system: You are a helpful assistant.
user:
Analyze the provided spectrum to determine if it is a **M-type Giant (gM)**.

A M-type Giant spectrum is defined by its **strong molecular absorption** features, particularly from **Titanium Oxide (TiO)**. You must check for one of the following mutually exclusive signatures:

- **Key Visual Indicators (Absorption-Dominated Spectrum):**

    - **(Primary):** The spectrum is dominated by strong molecular absorption from **Titanium Oxide (TiO)**. This is the **defining feature** of its M-type temperature class.
        - **(Key Bandheads):** Look for sharp, "saw-tooth" absorption valleys. The strongest are located near **~7050 Å**, **~6160 Å**, and **~5170 Å**.
        - **(Line Profile):** The "saw-tooth" morphology is critical: a **sharp, steep drop on the BLUE (short-wavelength) side** of the bandhead, followed by a gradual recovery (rising flux) towards the RED (long-wavelength) side.

    - **(Key Confirmation - Giant vs. Dwarf):** **ABSENCE** of strong **Calcium Hydride (CaH)** molecular bands. This is the primary diagnostic for *excluding* M-dwarfs.
        - **(Key Region):** The spectrum should lack the strong, broad absorption band seen in dwarfs between **~6800 Å and ~7000 Å**.

    - **(Secondary Confirmation - Giant):** A very strong and broad **Neutral Calcium (Ca I)** atomic absorption line.
        - **(Key Line):** Located at **~4226 Å**. In a giant (gM), this line is significantly deeper and broader than the same line in an M-dwarf (dM) due to low surface gravity.

    - **(Overall Spectrum):**
        - The continuum is **extremely red-sloping** (i.e., flux is very low in the blue and rises dramatically towards the red).
        - The entire spectrum appears "chopped up" by the deep TiO bands.

Think first, call **spectral_visualization_tool** if needed to examine features in detail, then provide your final answer. Your response must adhere to the following strict rules:
1.  **Overall Structure:** Your response must follow the format `<think>...</think> <tool_call>...</tool_call> (if a tool is used) <answer>...</answer>`.
2.  **Tool Usage Constraint:** You may only make **one** tool call per turn.
3.  **Final Answer Format:** In the `<answer>` tag, your conclusion must be inside a `\boxed{}` command (e.g., `\boxed{YES}` or `\boxed{NO}`), followed by your justification.

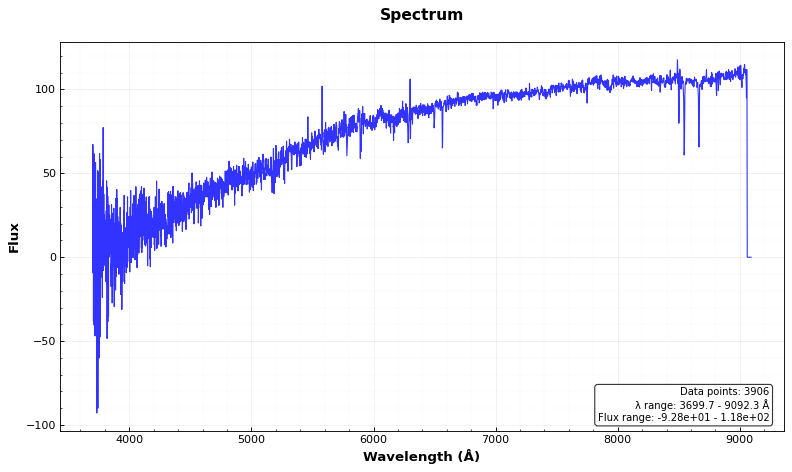
Answer: NO